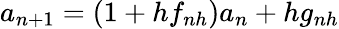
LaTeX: a_{n+1}=(1+hf_{nh})a_{n}+hg_{nh}